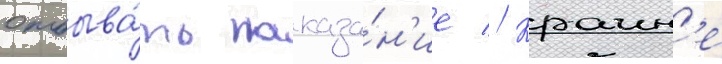
отбыва́ть наказа́н'ие // Краин'е